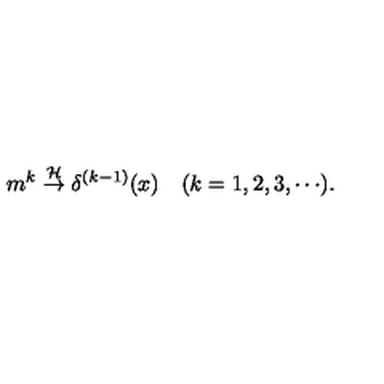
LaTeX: m ^ { k } \stackrel { { \cal H } } { \rightarrow } \delta ^ { ( k - 1 ) } ( x ) \quad ( k = 1 , 2 , 3 , \cdots ) .